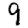
Digit: 9